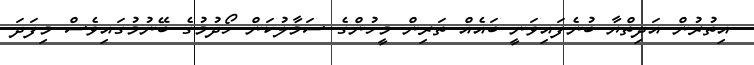
އިތުރުން އަދިތްޔާ ބުނެފައިވަނީ ބައެއް ތަރިން މީހުންގެ ސަމާލުކަން ހޯދުމުގެ ބޭނުމުގައިވެސް މިފަދަ